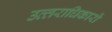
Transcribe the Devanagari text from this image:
उत्‍तराधिकारों